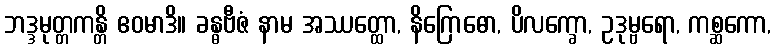
ဘဒ္ဒမုတ္တကန္တိ ဧဝမာဒိ။ ခန္ဓဗီဇံ နာမ အဿတ္ထော, နိဂြောဓော, ပိလက္ခော, ဥဒုမ္ဗရော, ကစ္ဆကော,